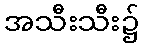
အသီးသီး၌